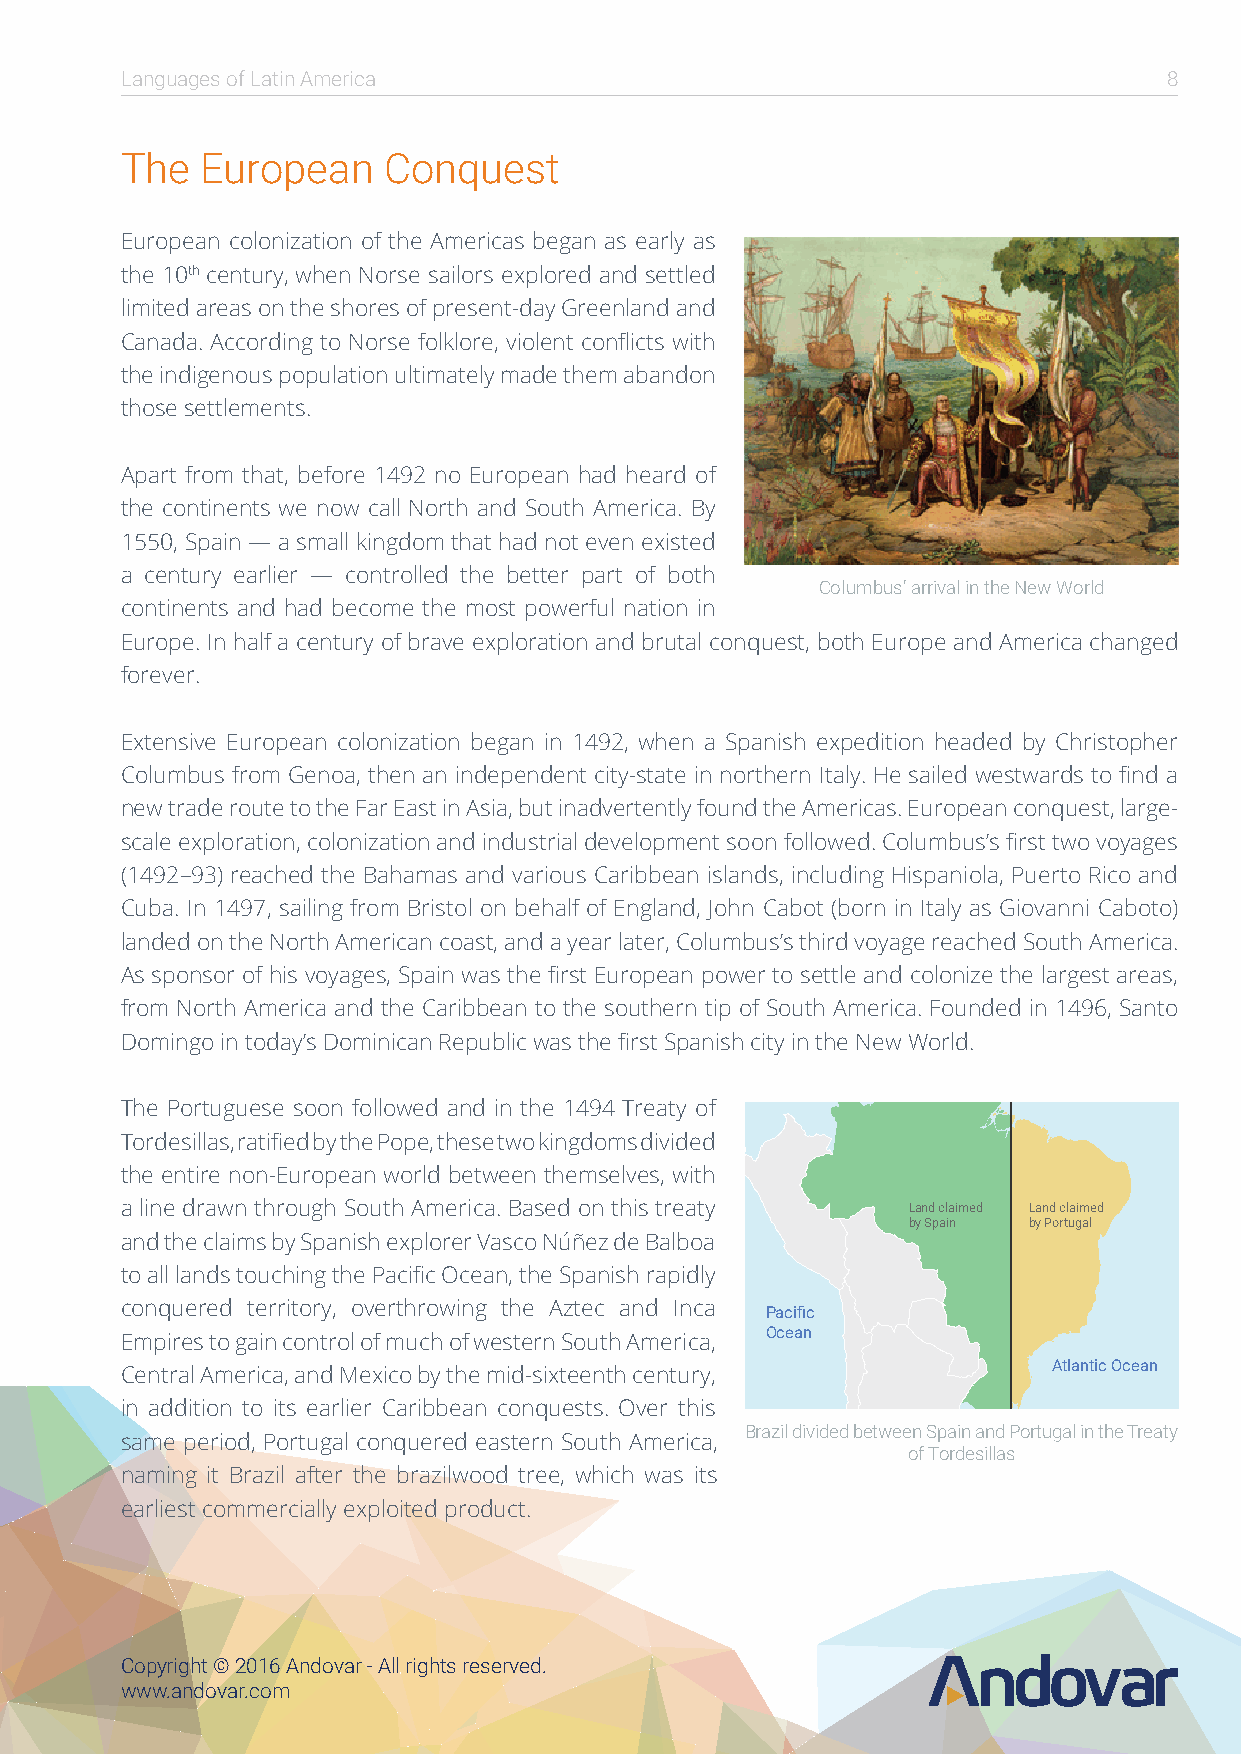
Languages of Latin America                                           8
 The  European    Conquest
 European colonization of the Americas began as early as
 the 10th century, when Norse sailors explored and settled
 limited areas on the shores of present-day Greenland and
 Canada. According to Norse folklore, violent conflicts with
 the indigenous population ultimately made them abandon
 those settlements.
 Apart from that, before 1492 no European had heard of
 the continents we now call North and South America. By
 1550, Spain — a small kingdom that had not even existed
 a century earlier — controlled the better part of both
 Columbus’ arrival in the New World
 continents and had become the most powerful nation in
 Europe. In half a century of brave exploration and brutal conquest, both Europe and America changed
 forever.
 Extensive European colonization began in 1492, when a Spanish expedition headed by Christopher
 Columbus from Genoa, then an independent city-state in northern Italy. He sailed westwards to find a
 new trade route to the Far East in Asia, but inadvertently found the Americas. European conquest, large-
 scale exploration, colonization and industrial development soon followed. Columbus’s first two voyages
 (1492–93) reached the Bahamas and various Caribbean islands, including Hispaniola, Puerto Rico and
 Cuba. In 1497, sailing from Bristol on behalf of England, John Cabot (born in Italy as Giovanni Caboto)
 landed on the North American coast, and a year later, Columbus’s third voyage reached South America.
 As sponsor of his voyages, Spain was the first European power to settle and colonize the largest areas,
 from North America and the Caribbean to the southern tip of South America. Founded in 1496, Santo
 Domingo in today’s Dominican Republic was the first Spanish city in the New World.
 The Portuguese soon followed and in the 1494 Treaty of
 Tordesillas, ratified by the Pope, these two kingdoms divided
 the entire non-European world between themselves, with
 a line drawn through South America. Based on this treaty Land claimed Land claimed
 by Spain by Portugal
 and the claims by Spanish explorer Vasco Núñez de Balboa
 to all lands touching the Pacific Ocean, the Spanish rapidly
 conquered territory, overthrowing the Aztec and Inca
 Pacific
 Ocean
 Empires to gain control of much of western South America,
 Atlantic Ocean
 Central America, and Mexico by the mid-sixteenth century,
 in addition to its earlier Caribbean conquests. Over this
 Brazil divided between Spain and Portugal in the Treaty
 same period, Portugal conquered eastern South America,
 of Tordesillas
 naming it Brazil after the brazilwood tree, which was its
 earliest commercially exploited product.
 Copyright © 2016 Andovar - All rights reserved.
 www.andovar.com